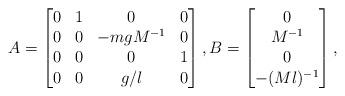
LaTeX: \begin{align*}A=\begin{bmatrix}0 & 1 & 0 & 0 \\0 & 0 & -mgM^{-1} & 0 \\0 & 0 & 0 & 1 \\0 & 0 & g/l & 0\end{bmatrix},B=\begin{bmatrix}0 \\ M^{-1} \\ 0 \\ -(Ml)^{-1}\end{bmatrix},\end{align*}